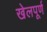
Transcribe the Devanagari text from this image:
खेलपूर्ण